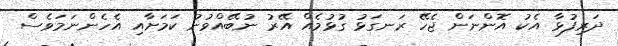
ދަރިފުޅާ އެކު އޮންނަން ޖެހޭ ރަނގަޅު ގުޅުމެއް އޭރު ނުބޭއްވުނު ކަމަށާއި އެހެންނަމަވެސް